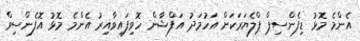
އެންމެ މޮޅު ޑިފެންސިޕް ޕްލެޔަރަކަށް އަހުމަދު އަފްޝާން ހޮވިފައިވާއިރު އެންމެ މޮޅު އޮފެންސިވް